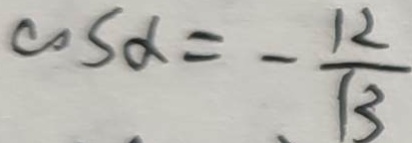
\cos \alpha = - \frac { 1 2 } { 1 3 }